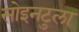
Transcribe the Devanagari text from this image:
सोइनटुला